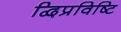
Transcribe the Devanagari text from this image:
द्विप्रविष्टि